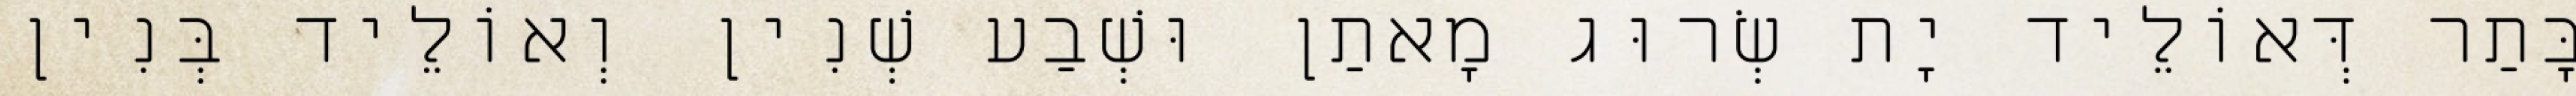
בָּתַר דְּאוֹלֵיד יָת שְׂרוּג מָאתַן וּשְׁבַע שְׁנִין וְאוֹלֵיד בְּנִין